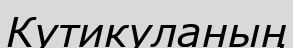
Кутикуланың